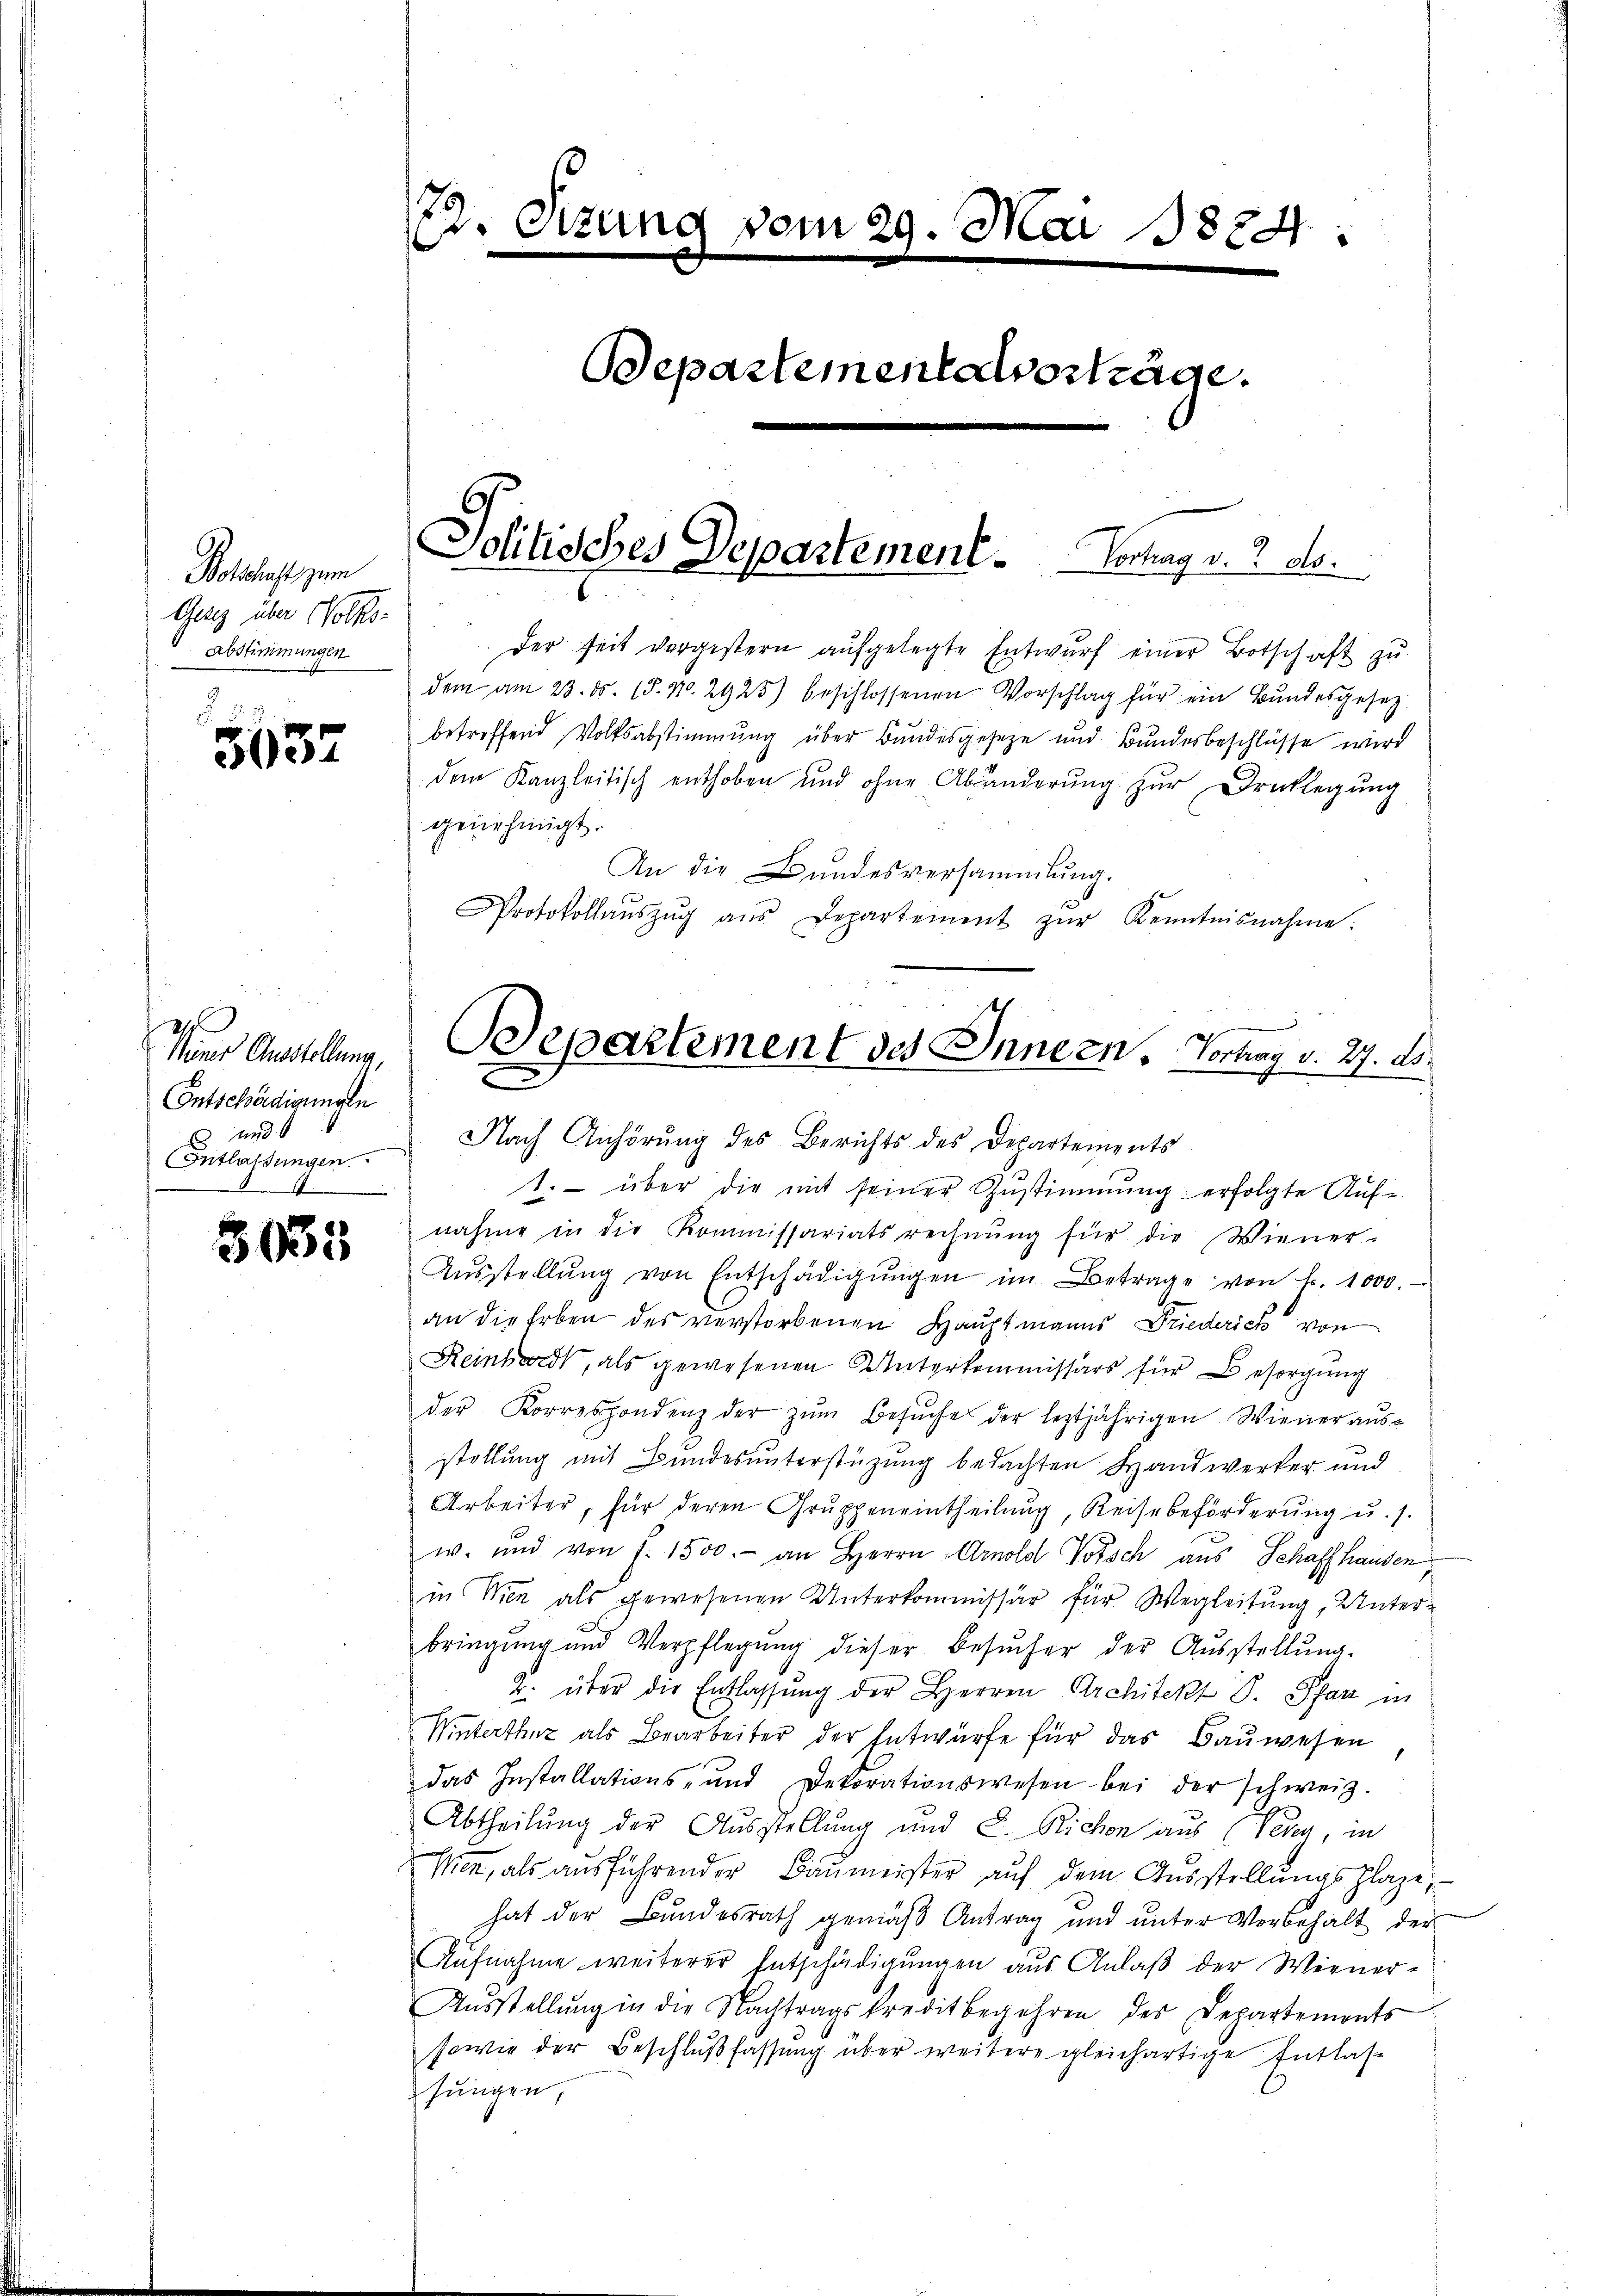
Bolschaft zum
Gesetz über Volks-
Abstimmungen
.

5632

8035

2
Meiner Ausstellung
Entschädigungen
und
Entlassungen.

22. Sitzung vom 29. Mai 1884.
Departementalverträge.

Jolitisches Departement. Vortrag v. 2. ds.

Der seit vergestern aufgelegte Entwurf einer Botschaft zu
dem am 23. ds. 15. No. 2925) beschlossenen Vorschlag für ein Bŭndesgesetz-
betreffend Volksabstimmung über Bundesgeseze und Bundesbeschlüsse wird
dem Kanzleitisch enthoben und ohne Abänderŭng zŭr Drucklegung
genehmigt.
An die Bundesversammlung.
Protokollaŭszŭg aŭs Departement zŭr Kenntnisnahme.

Departement des Innern, Vortrag v. 27. d.
2
Nach Anhörung des Berichts des Departements

1. über die mit seiner Zustimmung erfolgte Auf-
nahme in die Kommissariatsrechnŭng für die Wiener-
Aŭsstellŭng von Entschädigŭngen im Betrage von Fr. 1000.
an die Erben des verstorbenen Hauptmanns Friederich von
Reinhardt, als gewesenen Unterkommissärs für Besorgung
der Korrespondenz der zŭm Besŭche der leztjährigen Wiener aŭs-
stellung mit Bundesunterstüzung bedachten Handwerker und
Arbeiter, für deren Gruppeneintheilung, Reise beförderung u. s.
w. und von f. 1500.- an Herrn Arnold Vorsch aus Schaffhausen
in Wien als gewesenen Unterkommissär für Wegleitung, Unterbringung und Verpflegung dieser Besŭcher der Ausstellung.
2. über die Entlassung der Herren Architekt P. Pfan in
Winterthur als Bearbeiter der Entwürfe für das Bauwesen
das Installations- und Dekorationswesen bei der schweiz.
Abtheilung der Ausstellung und 8. Richen aus (Perey, in
Men, als ausführender Baumeister auf dem Ausstellungsplaze,
hat der Bundesrath gemäß Antrag und unter Vorbehalt der
Aŭfnahme weiterer Entschädigŭngen aŭs Anlaβ der Werner-
Aŭsstellŭng in die Nachtragskreditbegehren der Departements
sowie der Beschlußfassung über weitere gleichartige Entlasse
sungen,